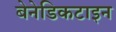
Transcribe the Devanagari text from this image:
बेनेडिकटाइन